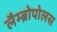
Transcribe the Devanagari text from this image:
लैम्ब्रोपोलस